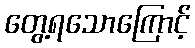
တွေ့ရသောကြောင့်